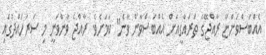
އެއްބަސްވަންޏާ ރާއްޖޭގެ ތަރައްގީއަށް އެއްބަސްވާން ވާނެ" ކަމަށެވެ. ރާއްޖެ ވާންވަނީ މި ސަރަހައްދުގައި